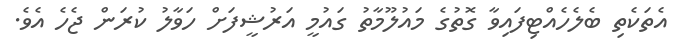
އެތަކެތި ބެލެހެއްޓިފައިވާ ގޮތުގެ މައުލޫމާތު ގައުމީ އަރުޝީފަށް ހަވާލު ކުރަން ޖެހެ އެވެ.